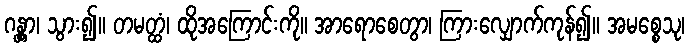
ဂန္တွာ၊ သွား၍။ တမတ္ထံ၊ ထိုအကြောင်းကို။ အာရောစေတွာ၊ ကြားလျှောက်ကုန်၍။ အမစ္စေသု၊